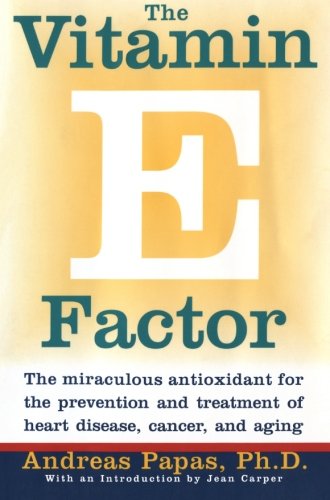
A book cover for The Vitamin E Factor: The Miraculous Antioxidant for the Prevention and Treatment of Heart Disease, Cancer, and Aging; Andreas Papas; Health, Fitness & Dieting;